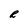
Character: R